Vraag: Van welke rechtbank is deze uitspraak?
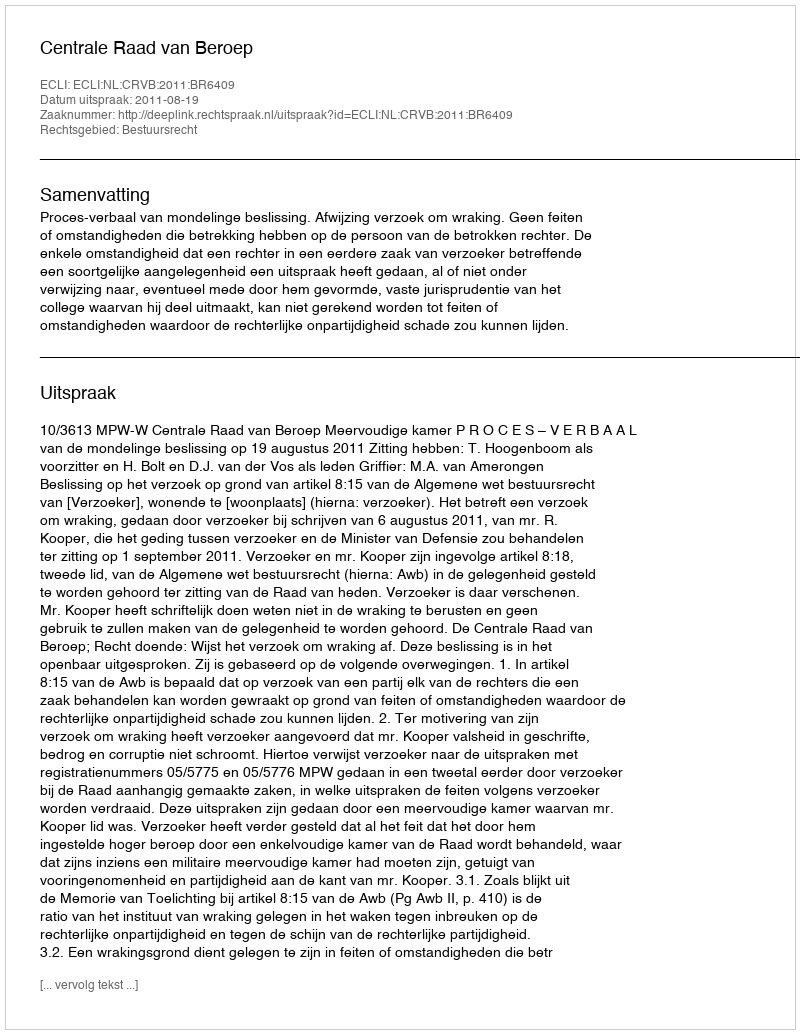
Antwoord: Centrale Raad van Beroep